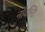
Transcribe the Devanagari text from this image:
नॉवल्टि